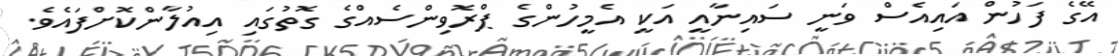
އޭގެ ފަހުން އައިއެސް ވަނީ ސައިނާއީ އަކީ އެމީހުންގެ ޕްރޮވިންސެއްގެ ގޮތުގައި އިއުލާންކޮށްފައެވެ.